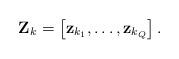
LaTeX: \begin{align*}\mathbf{Z}_k = \left[\mathbf{z}_{k_1}, \ldots, \mathbf{z}_{k_Q} \right].\end{align*}